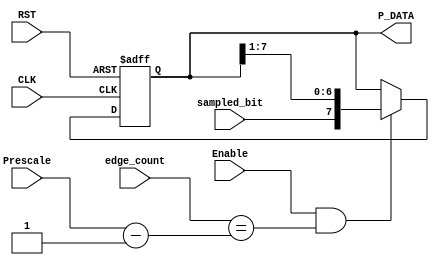

module deserializer # ( parameter DATA_WIDTH = 8 )

(
 input   wire                      CLK,
 input   wire                      RST,
 input   wire                      sampled_bit,
 input   wire                      Enable, 
 input   wire   [5:0]              edge_count, 
 input   wire   [5:0]              Prescale, 
 output  reg    [DATA_WIDTH-1:0]   P_DATA
);

              
//deserializer
always @ (posedge CLK or negedge RST)
 begin
  if(!RST)
   begin
    P_DATA <= 'b0 ;
   end
  else if(Enable && edge_count == (Prescale - 6'b1))
   begin
    P_DATA <= {sampled_bit,P_DATA[7:1]}	;
   end	
 end
 

endmodule